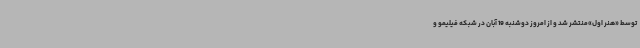
توسط «هنر اول»منتشر شد و از امروز دوشنبه 19 آبان در شبکه فیلیمو و